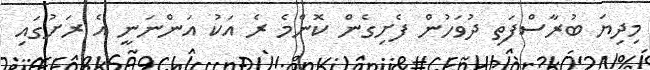
މިދިޔަ ބުރާސްފަތި ދުވަހުން ފެށިގެން ކޮންމެ ރެ އަކު އަންނަނީ އެ ރަށުގައި